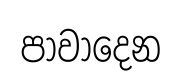
පාවාදෙන